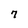
Character: 7